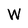
Character: W